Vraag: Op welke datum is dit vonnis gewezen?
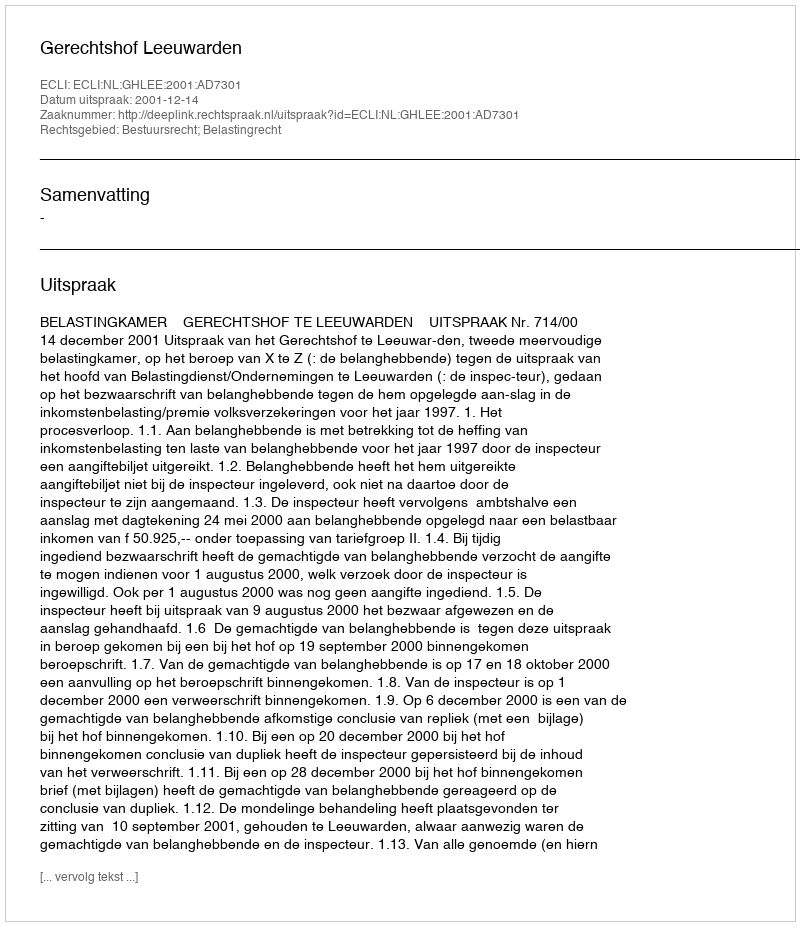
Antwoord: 2001-12-14